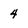
Character: 4